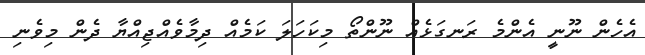
އެހެން ނޫނީ އެންމެ ރަނގަޅެއް ނޫންތޯ މިކަހަލަ ކަމެއް ދިމާވެއްޖިއްޔާ ދެން މިވެނި